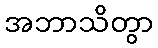
အဘာသိတွာ